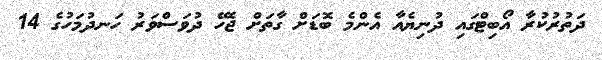
ދަތުރުކުރާ އޯބިޓްގައި ދުނިޔެއާ އެންމެ ބޮޑަށް ގާތަށް ޖެހޭ ދުވަސްވަރު ހަނދުމަހުގެ 14